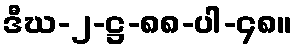
ဒီဃ-၂-ဋ္ဌ-၈၈-ပါ-၄၈။